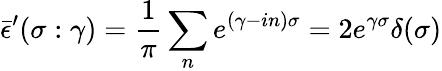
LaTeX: \bar{\epsilon}^{\prime}(\sigma:\gamma)=\frac{1}{\pi}\sum_{n}e^{(\gamma-in)\sigma}=2e^{\gamma\sigma}\delta(\sigma)